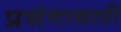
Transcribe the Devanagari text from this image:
प्रसंगासाठी